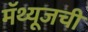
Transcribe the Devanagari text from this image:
मॅथ्यूजची